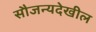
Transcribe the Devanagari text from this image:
सौजन्यदेखील